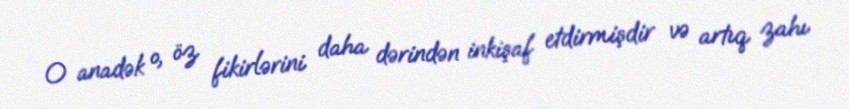
O anadək o, öz fikirlərini daha dərindən inkişaf etdirmişdir və artıq zahı